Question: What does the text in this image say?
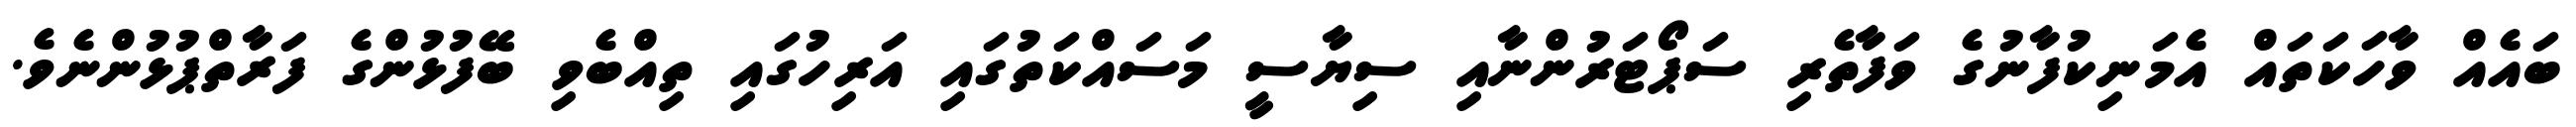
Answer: ބައެއް ވާހަކަތައް އެމަނިކުފާނުގެ ވަފާތެރި ސަޕޯޓަރުންނާއި ސިޔާސީ މަސައްކަތުގައި އަރިހުގައި ތިއްބެވި ބޭފުޅުންގެ ފަރާތްޕުޅުންނެވެ.